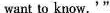
want to know.'”